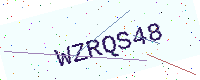
Text: WZRQS48